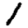
Digit: 1